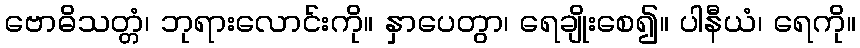
ဗောဓိသတ္တံ၊ ဘုရားလောင်းကို။ နှာပေတွာ၊ ရေချိုးစေ၍။ ပါနီယံ၊ ရေကို။